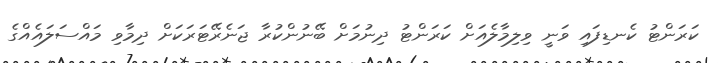
ކަރަންޓު ކެނޑިފައި ވަނީ ވިލިމާލެއަށް ކަރަންޓު ދިނުމަށް ބޭނުންކުރާ ޖަނެރޭޓަރަކަށް ދިމާވި މައްސަލައެއްގެ